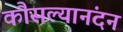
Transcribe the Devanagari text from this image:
कौसल्यानंदन